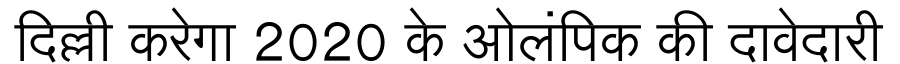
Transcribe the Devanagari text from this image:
दिल्ली करेगा 2020 के ओलंपिक की दावेदारी